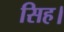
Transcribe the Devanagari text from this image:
सिह।